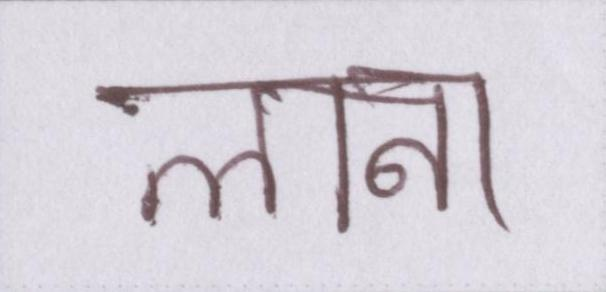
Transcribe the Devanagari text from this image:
लाना